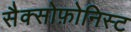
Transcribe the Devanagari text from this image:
सैक्सोफ़ोनिस्ट